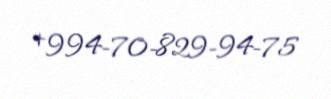
+994-70-829-94-75